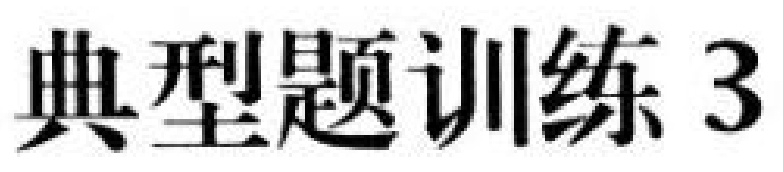
典型题训练 3